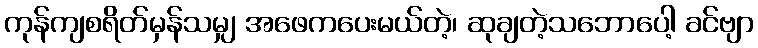
ကုန်ကျစရိတ်မှန်သမျှ အဖေကပေးမယ်တဲ့၊ ဆုချတဲ့သဘောပေါ့ ခင်ဗျာ